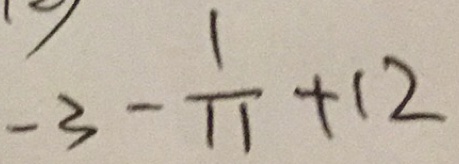
- 3 - \frac { 1 } { 1 1 } + 1 2